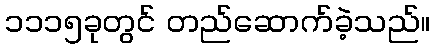
၁၁၁၅ခုတွင် တည်ဆောက်ခဲ့သည်။